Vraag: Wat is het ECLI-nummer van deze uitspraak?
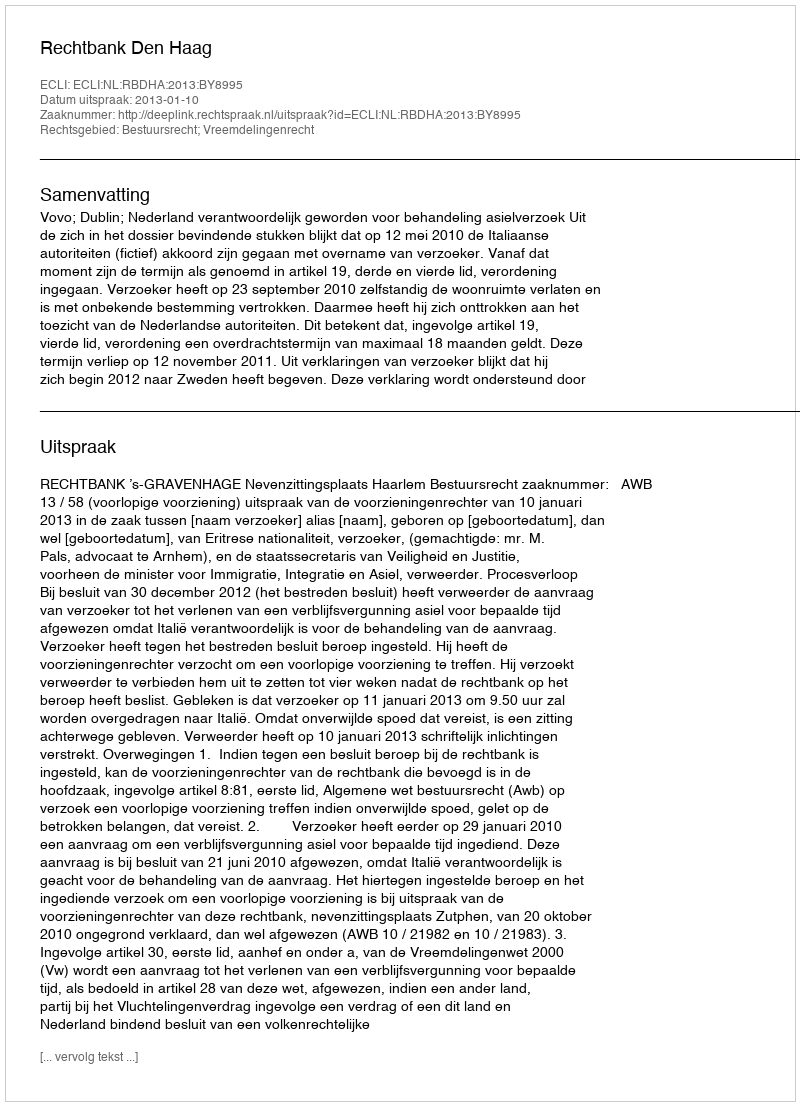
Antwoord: ECLI:NL:RBDHA:2013:BY8995